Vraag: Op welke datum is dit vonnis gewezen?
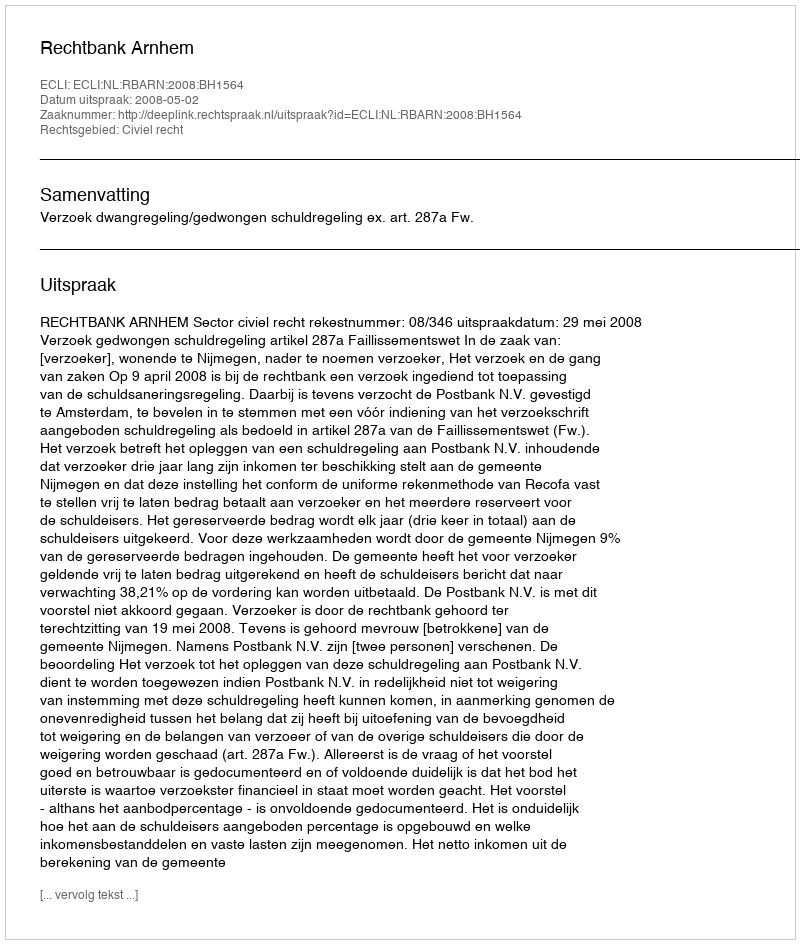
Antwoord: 2008-05-02